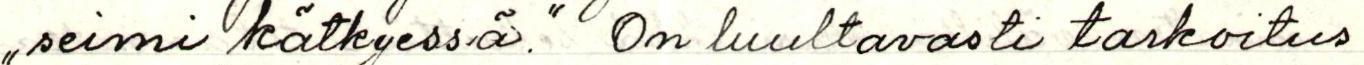
"seimi kätkyessä." On luultavasti tarkoitus